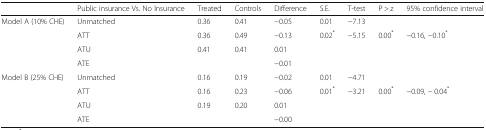
|  | Public insurance Vs. No Insurance | Treated | Controls | Difference | S.E. | T-test | P > z | 95% confidence interval |
 | --- | --- | --- | --- | --- | --- | --- | --- | --- |
 | <ROWSPAN=4> Model A (10% CHE) | Unmatched | 0.36 | 0.41 | −0.05 | 0.01 | −7.13 |  |  |
 | ATT | 0.36 | 0.49 | −0.13 | 0.02* | −5.15 | 0.00* | −0.16, −0.10* |
 | ATU | 0.41 | 0.41 | 0.01 |  |  |  |  |
 | ATE |  |  | −0.01 |  |  |  |  |
 | <ROWSPAN=4> Model B (25% CHE) | Unmatched | 0.16 | 0.19 | −0.02 | 0.01 | −4.71 |  |  |
 | ATT | 0.16 | 0.23 | −0.06 | 0.01* | −3.21 | 0.00* | −0.09, − 0.04* |
 | ATU | 0.19 | 0.20 | 0.01 |  |  |  |  |
 | ATE |  |  | −0.00 |  |  |  |  |